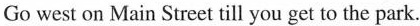
Go west on Main Street till you get to the park.